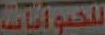
للحيوانات